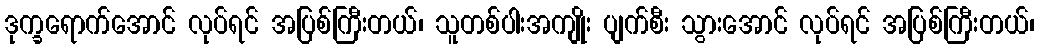
ဒုက္ခရောက်အောင် လုပ်ရင် အပြစ်ကြီးတယ်၊ သူတစ်ပါးအကျိုး ပျက်စီး သွားအောင် လုပ်ရင် အပြစ်ကြီးတယ်၊